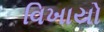
વિખાયો